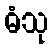
ဓံသု